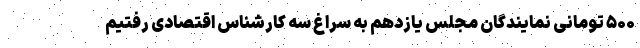
۵۰۰ تومانی نمایندگان مجلس یازدهم به سراغ سه کارشناس اقتصادی رفتیم